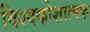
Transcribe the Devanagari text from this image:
विश्वकोशात्मक